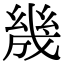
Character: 㡬